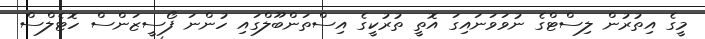
މީގެ އިތުރުން ލިސްޓްގެ ނުވަވަނައިގަ އޮތީ ތުރުކީގެ އިސްތަންބޫލްގައި ހުންނަ ފޯސީޒަންސް ހޮޓެލްސް